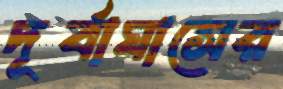
দূর্বাঘাসের